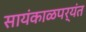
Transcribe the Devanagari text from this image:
सायंकाळपर्यंत